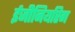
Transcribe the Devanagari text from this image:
ईजीनियरिग